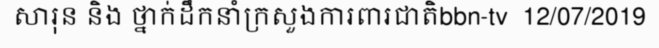
សារុន និង ថ្នាក់ដឹកនាំក្រសួងការពារជាតិbbn-tv  12/07/2019